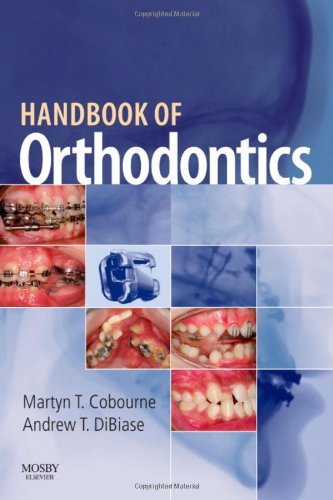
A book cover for Handbook of Orthodontics, 1e; Martyn T. Cobourne BDS(Hons)  FDSRCS(Eng)  FDSRCS(Edin)  MSc  MOrth RCS(Eng)  FDSOrth RCS  PhD  FHEA; Medical Books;